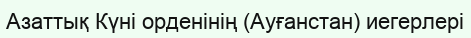
Азаттық Күні орденінің (Ауғанстан) иегерлері